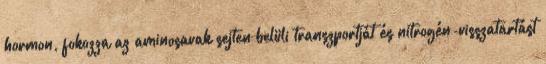
hormon, fokozza az aminosavak sejten belüli transzportját és nitrogén-visszatartást